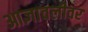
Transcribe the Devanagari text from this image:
आज्ञावलीवर